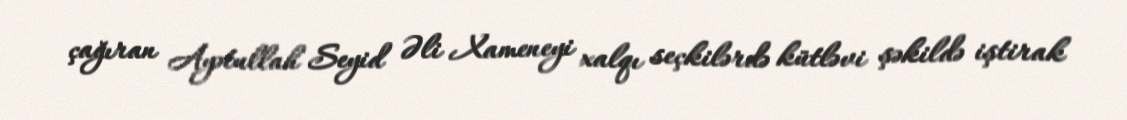
çağıran Ayətullah Seyid Əli Xameneyi xalqı seçkilərdə kütləvi şəkildə iştirak